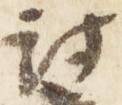
討